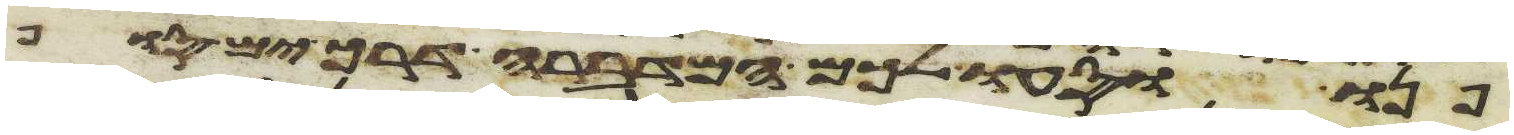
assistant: פנו וסעו לכם המדברה דרך ים סוף